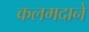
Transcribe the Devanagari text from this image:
कलमदाने